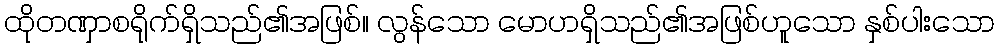
ထိုတဏှာစရိုက်ရှိသည်၏အဖြစ်။ လွန်သော မောဟရှိသည်၏အဖြစ်ဟူသော နှစ်ပါးသော